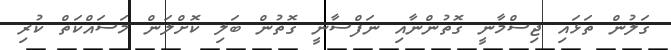
ގަލުން ތަޅައި ޖިސްމާނީ ގޮތުންނާއި ނަފްސާނީ ގޮތުން ބަލި ކޮށްލަން މަސައްކަތް ކުރި